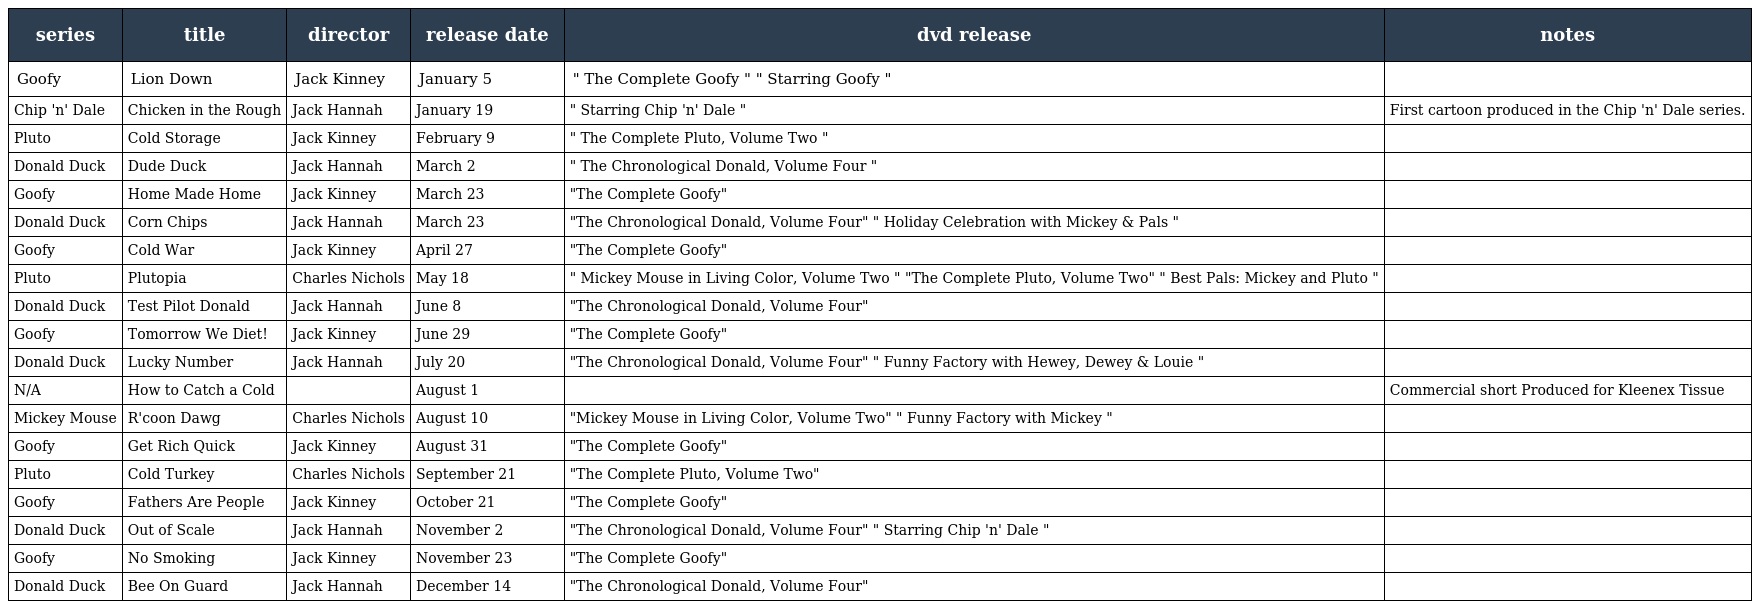
| series | title | director | release date | dvd release | notes |
 | --- | --- | --- | --- | --- | --- |
 | Goofy | Lion Down | Jack Kinney | January 5 | " The Complete Goofy " " Starring Goofy " |  |
 | Chip 'n' Dale | Chicken in the Rough | Jack Hannah | January 19 | " Starring Chip 'n' Dale " | First cartoon produced in the Chip 'n' Dale series. |
 | Pluto | Cold Storage | Jack Kinney | February 9 | " The Complete Pluto, Volume Two " |  |
 | Donald Duck | Dude Duck | Jack Hannah | March 2 | " The Chronological Donald, Volume Four " |  |
 | Goofy | Home Made Home | Jack Kinney | March 23 | "The Complete Goofy" |  |
 | Donald Duck | Corn Chips | Jack Hannah | March 23 | "The Chronological Donald, Volume Four" " Holiday Celebration with Mickey & Pals " |  |
 | Goofy | Cold War | Jack Kinney | April 27 | "The Complete Goofy" |  |
 | Pluto | Plutopia | Charles Nichols | May 18 | " Mickey Mouse in Living Color, Volume Two " "The Complete Pluto, Volume Two" " Best Pals: Mickey and Pluto " |  |
 | Donald Duck | Test Pilot Donald | Jack Hannah | June 8 | "The Chronological Donald, Volume Four" |  |
 | Goofy | Tomorrow We Diet! | Jack Kinney | June 29 | "The Complete Goofy" |  |
 | Donald Duck | Lucky Number | Jack Hannah | July 20 | "The Chronological Donald, Volume Four" " Funny Factory with Hewey, Dewey & Louie " |  |
 | N/A | How to Catch a Cold |  | August 1 |  | Commercial short Produced for Kleenex Tissue |
 | Mickey Mouse | R'coon Dawg | Charles Nichols | August 10 | "Mickey Mouse in Living Color, Volume Two" " Funny Factory with Mickey " |  |
 | Goofy | Get Rich Quick | Jack Kinney | August 31 | "The Complete Goofy" |  |
 | Pluto | Cold Turkey | Charles Nichols | September 21 | "The Complete Pluto, Volume Two" |  |
 | Goofy | Fathers Are People | Jack Kinney | October 21 | "The Complete Goofy" |  |
 | Donald Duck | Out of Scale | Jack Hannah | November 2 | "The Chronological Donald, Volume Four" " Starring Chip 'n' Dale " |  |
 | Goofy | No Smoking | Jack Kinney | November 23 | "The Complete Goofy" |  |
 | Donald Duck | Bee On Guard | Jack Hannah | December 14 | "The Chronological Donald, Volume Four" |  |